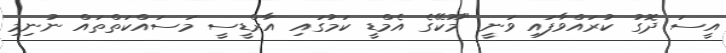
އީސަ ދޮގު ކުރައްވާފައި ވަނީ "މޫކޭގެ އެމްޑީ ކަމުގައި އާރްޑީސީ މަސައްކަތްތައް ނުނިމި